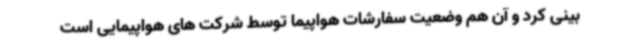
بینی کرد و آن هم وضعیت سفارشات هواپیما توسط شرکت های هواپیمایی است